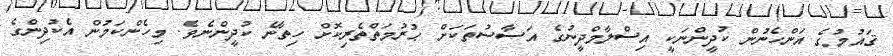
ޤައުމުގެ އަންހެނުން ކުދީންނަކީ އިސްލާމްދީނުގެ އަސާސުތަކަށް ޙުރުމަތްތެރިކޮށް ހިތާނެ ކުދީންނެވެ. މިހެންކަމުން އެކުދިންގެ